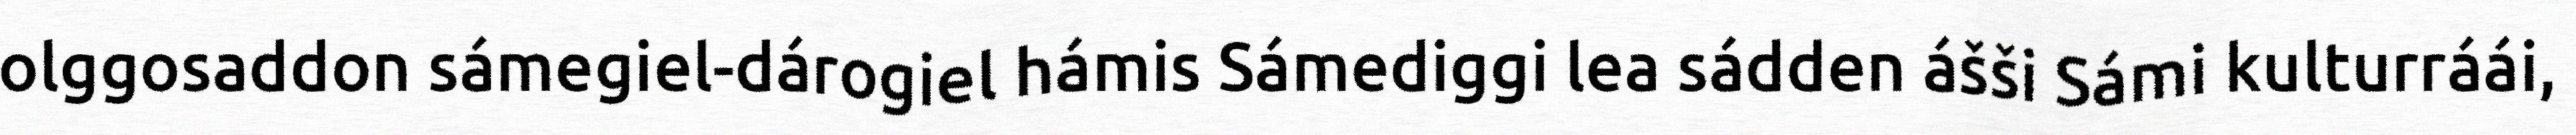
olggosaddon sámegiel-dárogiel hámis Sámediggi lea sádden ášši Sámi kulturráái,